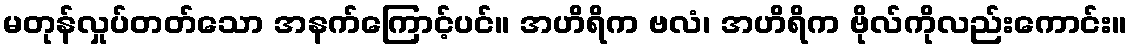
မတုန်လှုပ်တတ်သော အနက်ကြောင့်ပင်။ အဟိရိက ဗလံ၊ အဟိရိက ဗိုလ်ကိုလည်းကောင်း။